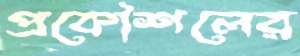
প্রকৌশলের